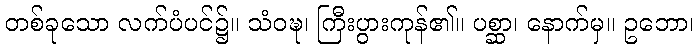
တစ်ခုသော လက်ပံပင်၌။ သံဝဍ္ဎ၊ ကြီးပွားကုန်၏။ ပစ္ဆာ၊ နောက်မှ။ ဥဘော၊